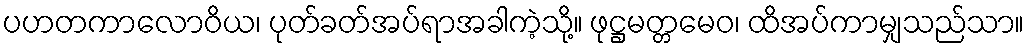
ပဟတကာလောဝိယ၊ ပုတ်ခတ်အပ်ရာအခါကဲ့သို့။ ဖုဋ္ဌမတ္တမေဝ၊ ထိအပ်ကာမျှသည်သာ။